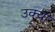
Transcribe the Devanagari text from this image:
उक्या